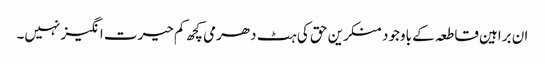
ان براہین قاطعہ کے باوجود منکرین حق کی ہٹ دھرمی کچھ کم حیرت انگیز نہیں۔